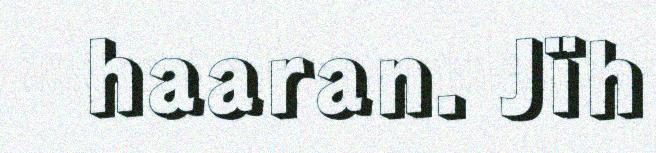
haaran. Jïh